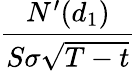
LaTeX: \frac{N^{\prime}(d_{1})}{S\sigma{\sqrt{T-t}}}